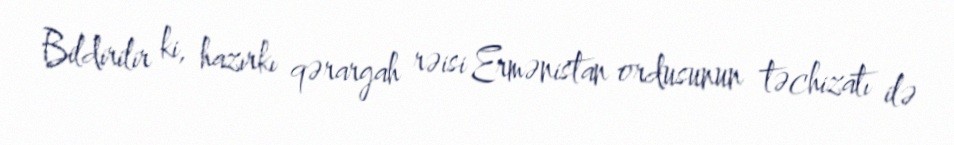
Bildirilir ki, hazırkı qərargah rəisi Ermənistan ordusunun təchizatı ilə